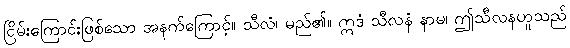
ငြိမ်းကြောင်းဖြစ်သော အနက်ကြောင့်။ သီလံ၊ မည်၏။ ဣဒံ သီလနံ နာမ၊ ဤသီလနဟူသည်